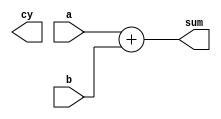
module Adder4Bit (a, b, sum, cy);
input [3:0] a;
input [3:0] b;
output [3:0] sum;
output cy;
integer tmp;
always @(a or b) tmp = a+b;
assign sum=tmp; 

endmodule





module Adder4Bit_tb ();
reg [3:0] a, b;
wire [3:0] sum;
wire cy;

initial {a,b}=0;
always #1 {a,b} = {a,b} + 1;
initial #256 $finish;

endmodule